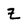
Character: Z